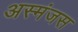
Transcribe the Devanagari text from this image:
अस्मंजस